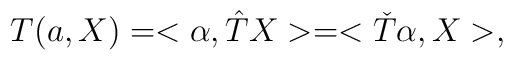
T(a, X)  = <\alpha,  {\hat T}X > = <{\check T}\alpha, X>,